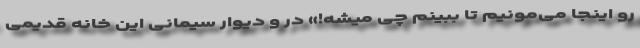
رو اینجا می‌مونیم تا ببینم چی میشه!» در و دیوار سیمانی این خانه قدیمی